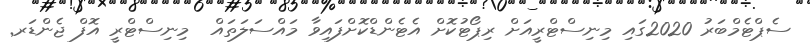
ސެޕްޓެމްބަރު 2020ގައި މިނިސްޓްރީއަށް ރިޕޯޓުކޮށް އެޓެންޑްކޮށްފައިވާ މައްސަލަތައް  މިނިސްޓްރީ އޮފް ޖެންޑަރ